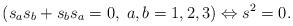
LaTeX: \begin{align*}\left( s_{a}s_{b}+s_{b}s_{a}=0,\;a,b=1,2,3\right) \Leftrightarrow s^{2}=0.\end{align*}